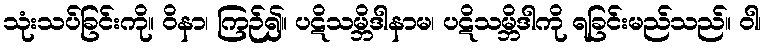
သုံးသပ်ခြင်းကို။ ဝိနာ၊ ကြဉ်၍။ ပဋိသမ္ဘိဒါနာမ၊ ပဋိသမ္ဘိဒါကို ရခြင်းမည်သည်။ ဝါ၊